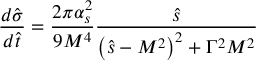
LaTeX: \frac { d \hat { \sigma } } { d \hat { t } } = \frac { 2 \pi \alpha _ { s } ^ { 2 } } { 9 M ^ { 4 } } \frac { \hat { s } } { \left( \hat { s } - M ^ { 2 } \right) ^ { 2 } + \Gamma ^ { 2 } M ^ { 2 } }